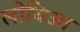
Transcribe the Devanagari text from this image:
लोचिआ